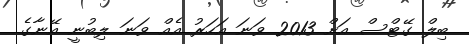
ބިލް ގޭޓްސް އަށް 2013 ވަނަ އަހަރު އެއް ވަނަ ލިބުނީ އޭނާގެ